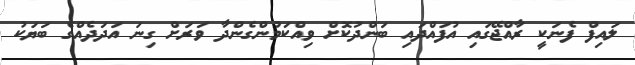
ލައިފް ފެނަކީ ރާއްޖޭގައި އުފައްދައި ބަންދުކޮށް ވިއްކަމުންގެންދާ ވަރަށް ގިނަ އަދަދެއްގެ ބަޔަކު